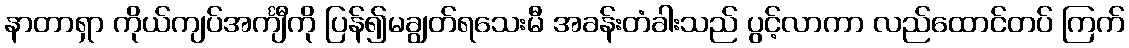
နာတာရှာ ကိုယ်ကျပ်အင်္ကျီကို ပြန်၍မချွတ်ရသေးမီ အခန်းတံခါးသည် ပွင့်လာကာ လည်ထောင်တပ် ကြက်